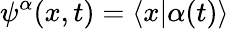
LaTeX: \psi^{\alpha}(x,t)=\langle x|\alpha(t)\rangle